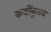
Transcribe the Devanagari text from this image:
कवींनुरूप